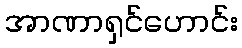
အာဏာရှင်ဟောင်း